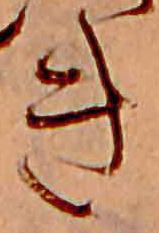
き